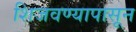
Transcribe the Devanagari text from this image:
शिजवण्यापासून